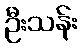
ဦးသန်း